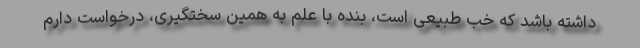
داشته باشد که خب طبیعی است، بنده با علم به همین سختگیری، درخواست دارم